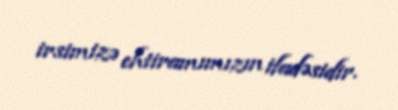
irsimizə ehtiramımızın ifadəsidir.